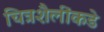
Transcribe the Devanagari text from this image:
चित्रशैलींकडे